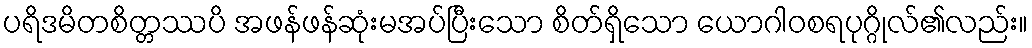
ပရိဒမိတစိတ္တဿပိ အဖန်ဖန်ဆုံးမအပ်ပြီးသော စိတ်ရှိသော ယောဂါဝစရပုဂ္ဂိုလ်၏လည်း။